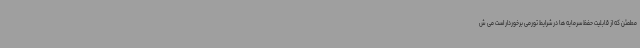
مطمئن که از قابلیت حفظ سرمایه ها در شرایط تورمی برخوردار است می ش